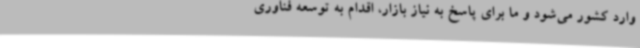
وارد کشور می‌شود و ما برای پاسخ به نیاز بازار، اقدام به توسعه فناوری